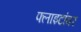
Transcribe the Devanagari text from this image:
फ्लाइटांवर